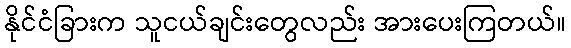
နိုင်ငံခြားက သူငယ်ချင်းတွေလည်း အားပေးကြတယ်။